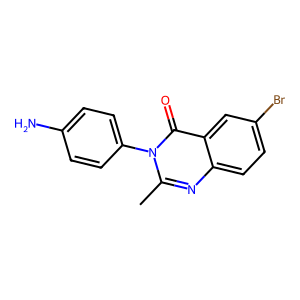
SMILES: Cc1nc2ccc(Br)cc2c(=O)n1-c1ccc(N)cc1
Inhibits HIV replication: No